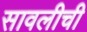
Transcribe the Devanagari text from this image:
सावलीची